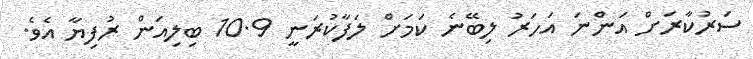
ސަރުކާރަށް އަންނަ އަހަރު ލިބޭނެ ކަމަށް ލަފާކުރަނީ 10.9 ބިލިއަން ރުފިޔާ އެވެ.